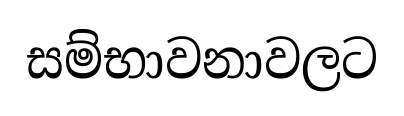
සම්භාවනාවලට